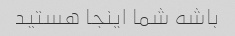
باشه شما اینجا هستید